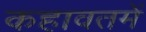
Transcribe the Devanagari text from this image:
कहावतमें